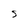
Character: S